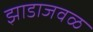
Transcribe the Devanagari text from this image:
झाडाजवळ